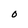
Character: O